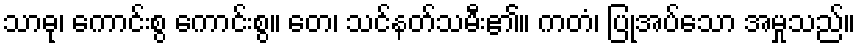
သာဓု၊ ကောင်းစွ ကောင်းစွ။ တေ၊ သင်နတ်သမီး၏။ ကတံ၊ ပြုအပ်သော အမှုသည်။